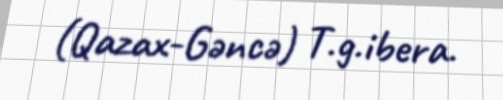
(Qazax-Gəncə) T.g.ibera.